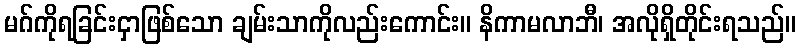
မဂ်ကိုရခြင်းငှာဖြစ်သော ချမ်းသာကိုလည်းကောင်း။ နိကာမလာဘီ၊ အလိုရှိတိုင်းရသည်။